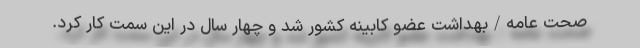
صحت عامه/بهداشت عضو کابینه‌ کشور شد و چهار سال در این سمت کار کرد.